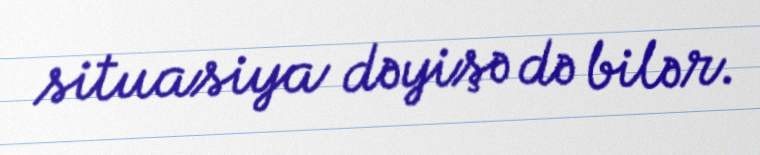
situasiya dəyişə də bilər.